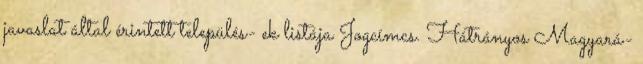
javaslat által érintett település- ek listája Jogcímcs. Hátrányos Magyará-